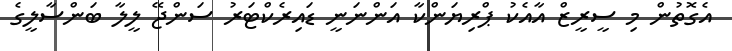
އެގޮތުން މި ސީރީޒް އާއެކު ޕްރިޔަންކާ އަންނަނީ ޑައިރެކްޓަރު ސަންޖޭ ލީލާ ބަންސާލީގެ